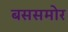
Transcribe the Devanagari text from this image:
बससमोर